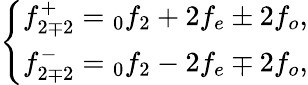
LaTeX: \left\{ \begin{array}{c}{f_{2\mp 2}^{+}=\phantom{}_{0}f_{2}+2f_{e}\pm 2f_{o},}\\ {f_{2\mp 2}^{-}=\phantom{}_{0}f_{2}-2f_{e}\mp 2f_{o},}\end{array}\right.